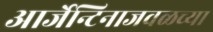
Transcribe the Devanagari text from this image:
आर्जेन्टिनाजवळच्या